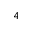
4